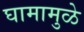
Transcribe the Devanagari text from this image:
घामामुळे